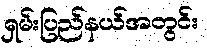
ရှမ်းပြည်နယ်အတွင်း